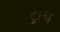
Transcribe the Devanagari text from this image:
ट्रॉब